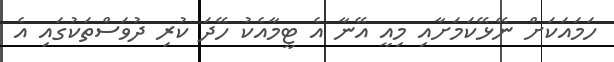
ހަމައަކަށް ނޭޅޭކަމަށާއި މިއީ އޭނާ އެ ޓީމާއެކު ހޭދަ ކުރި ދުވަސްތަކުގައި އެ